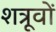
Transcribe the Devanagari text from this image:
शत्रूवों